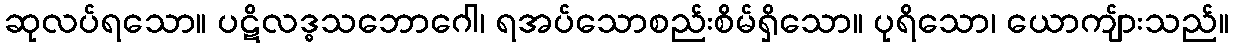
ဆုလပ်ရသော။ ပဋိလဒ္ဓသဘောဂေါ၊ ရအပ်သောစည်းစိမ်ရှိသော။ ပုရိသော၊ ယောကျ်ားသည်။